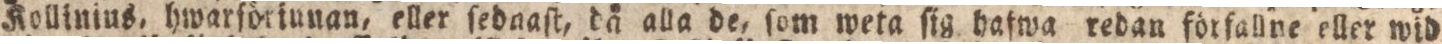
Kollinins, hwarſöriunan, eller ſedaaſt, då alla de, ſom weta ſig hafwa redan förfallne eller wid